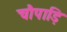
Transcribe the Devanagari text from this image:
चौपाड़ि